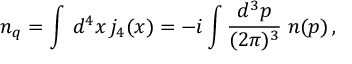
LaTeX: n _ { q } = \int \, d ^ { 4 } x \, j _ { 4 } ( x ) = - i \int \frac { d ^ { 3 } p } { ( 2 \pi ) ^ { 3 } } \; n ( p ) \, ,